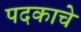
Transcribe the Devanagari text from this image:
पदकाचे